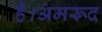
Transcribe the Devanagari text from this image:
है।अमरूद